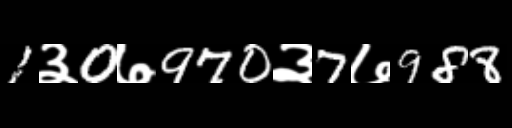
Text: 1३0७970३7७988